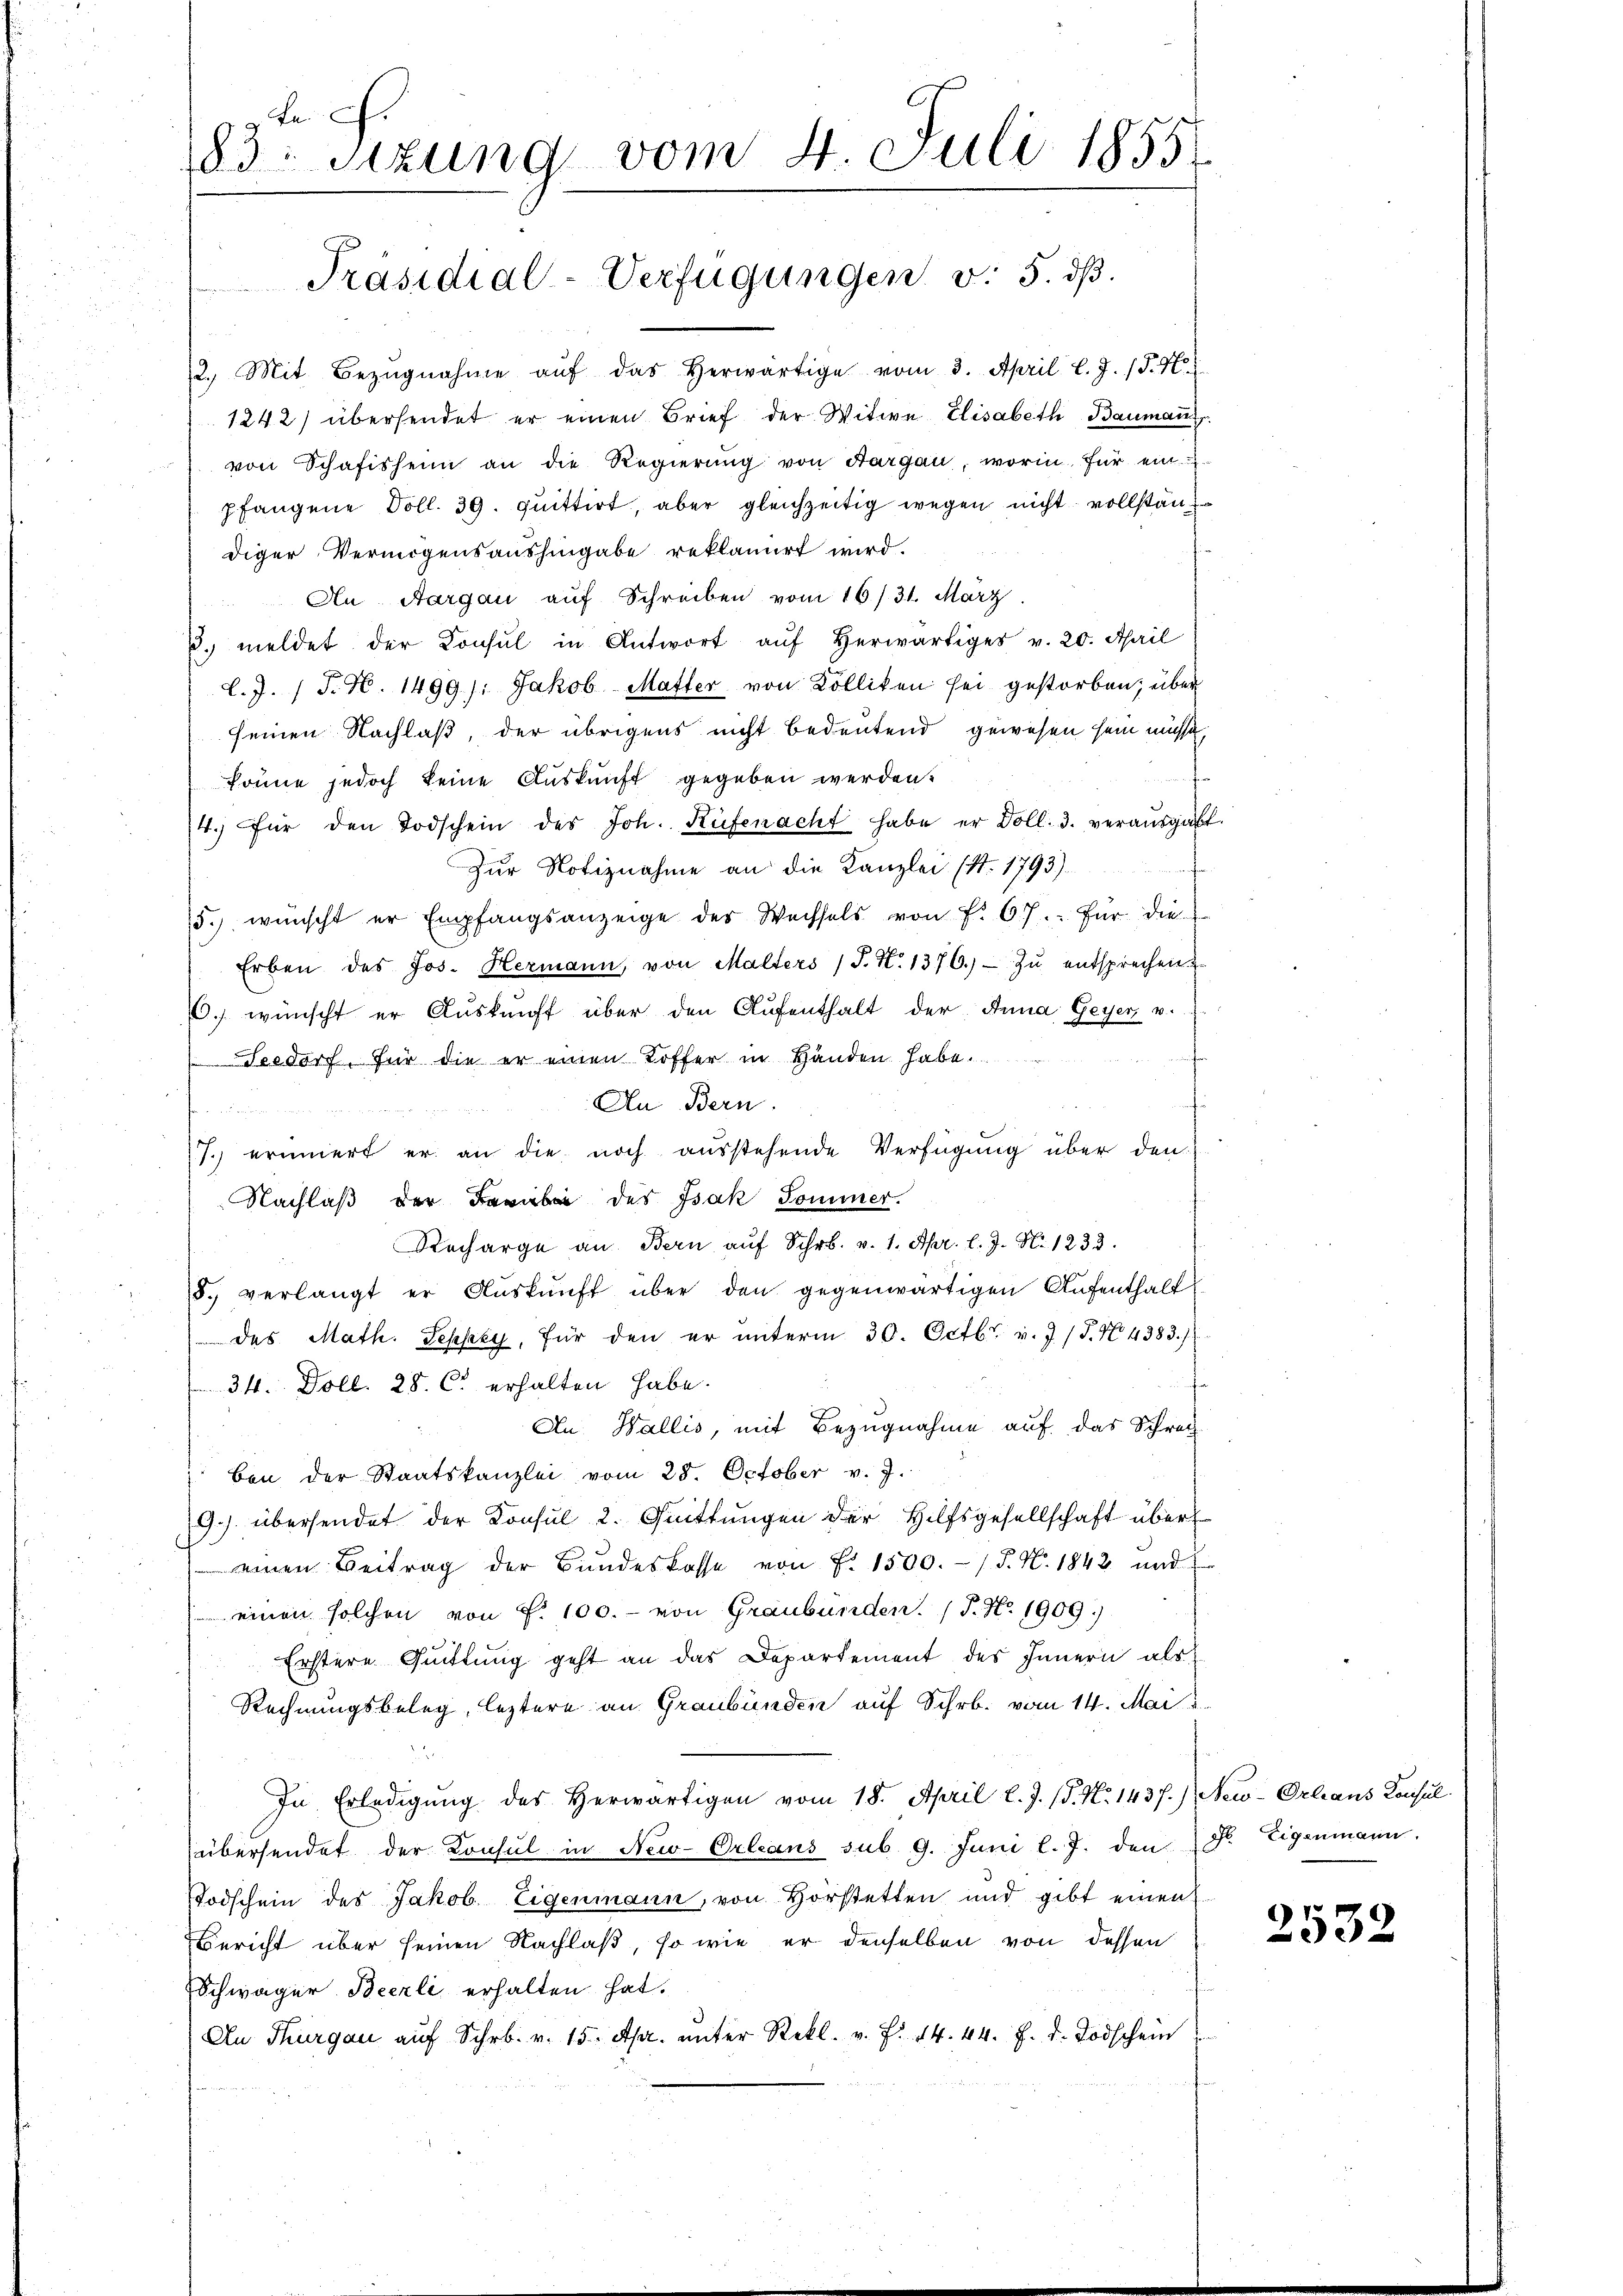
L.
83 stung vom 4. Juli 1855
Präsidial-Verfügungen v. 5. dβ.

2. Mit Bezŭgnahme aŭf das herwärtige vom 3. April l. J. P. N
1242) übersendet er einen Brief der Witwe Elisabeth Bauman
von Schafisheim an die Regierung von Aargau, worin für ein
pfangene Doll. 39. quittirt, aber gleichzeitig wegen nicht vollstän
diger Vermögensaushingabe reklamirt wird.
An Aargau aŭf Schreiben vom 16/31. März.
. meldet der Konsul in Antwort aŭf herwärtiges v. 20. April
l.J. (T. S. 1499/: Jakob Matter von Kolliken sei gestorben; über
seinen Nachlaß, der übrigens nicht bedeutend gewesen sein müsse,
könne jedoch keine Auskunft gegeben werden.
4. für den Todschein des Joh. Rüfenacht habe er Doll. 3. veraŭsgabt
Zur Notiznahme an die Kanzlei (S. 1793).
5.) wünscht er Empfangsanzeige des Wachsels von f. 67. für die
Erben des Jos. Hermann, von Malters (T. N. 1376.)- zŭ entsprechen u
6. wünscht er Aŭskŭnft über den Aŭfenthalt der Anna Geyer v.
e
Feedorf, Für die er einen Toffer in Händen habe.
An Bern.
7.) erinnert er an die noch ausstehende Verfügung über den
Nachlaß der Farbei des Isak Sommer.
Recharge an Bern aŭf Schr. v. 1. Apr. l. J. N. 1233.
8., verlangt er Aŭskŭnft über den gegenwärtigen Aufenthalt
des Math. Sepsey, für den er unterm 30. Octbr. v. J. J. N. 4383/
f
34. Doll. 28. C. erhalten habe.
An Wallis, mit Bezugnahme auf das Schrec
ben der Staatskanzlei vom 25. October v. J.
9.) übersendet der Konsul 2. Quittungen der Hilfsgesellschaft über
einen Beitrag der Bundeskasse von F. 1500.- (T. N. 1842 und
einen solchen von P. 100.- von Graubünden. (T. No. 1909)
Erstere Quittung geht an das Departement des Innern als
Rechnungsbeleg, leztere an Graubünden auf Schr. vom 14. Mai
In Erledigung des Herwärtigen vom 18. April l. J. (T. No. 1437.) New-Orleans Konsul
übersendet der Konsul in New-Orleans sub. 9. Juni l. J. den Sr. Eigenmann.
Todschein des Jakob Eigenmann, von Horstetten und gibt einen
Bericht über seinen Nachlaß, so wie er denselben von dessen
Schwäger Beerli erhalten hat.
An Thurgau aŭf Schr. v. 15. Apr. ŭnter Rekl. v. F. 14. 44. f. d. Todschein

2532